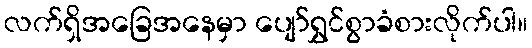
လက်ရှိအခြေအနေမှာ ပျော်ရွှင်စွာခံစားလိုက်ပါ။